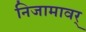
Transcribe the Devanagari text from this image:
निजामावर्